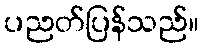
ပညတ်ပြန်သည်။